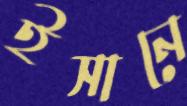
ইসানে